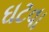
ઘટવા